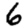
Digit: 6